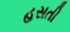
હસતી